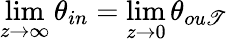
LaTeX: \operatorname*{lim}_{z\to\infty}\theta_{in}=\operatorname*{lim}_{z\to0}\theta_{ou\mathscr{T}}